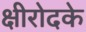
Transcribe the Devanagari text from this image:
क्षीरोदके